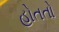
હોતતો